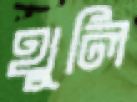
থুলি